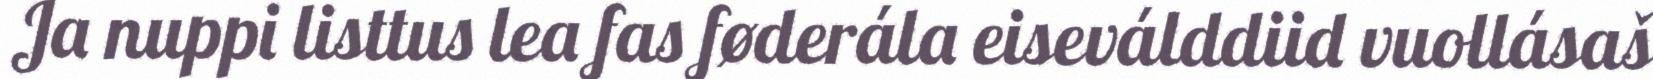
Ja nuppi listtus lea fas føderála eiseválddiid vuollásaš